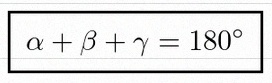
\alpha+\beta+\gamma=180^\circ